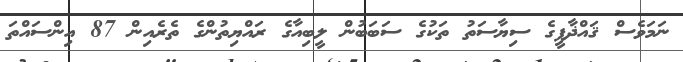
ނަމަވެސް ޤައްޛާފީގެ ސިޔާސަތު ތަކުގެ ސަބަބުން ލީބިއާގެ ރައްޔިތުންގެ ތެރެއިން 87 އިންސައްތަ